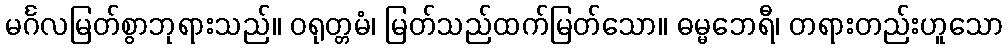
မင်္ဂလမြတ်စွာဘုရားသည်။ ဝရုတ္တမံ၊ မြတ်သည်ထက်မြတ်သော။ ဓမ္မဘေရီ၊ တရားတည်းဟူသော